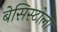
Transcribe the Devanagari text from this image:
बेसिस्टोला